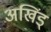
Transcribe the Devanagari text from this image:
अखिंड्